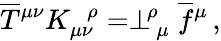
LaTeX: \overline{{T}}{^{\mu\nu}}K_{\mu\nu}^{\ \ \, \rho}=\perp_{\, \mu}^{\! \rho}\overline{{f}}{^\mu}\, ,